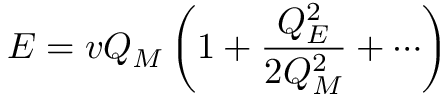
E = v Q _ { M } \left( 1 + { \frac { Q _ { E } ^ { 2 } } { 2 Q _ { M } ^ { 2 } } } + \cdots \right)